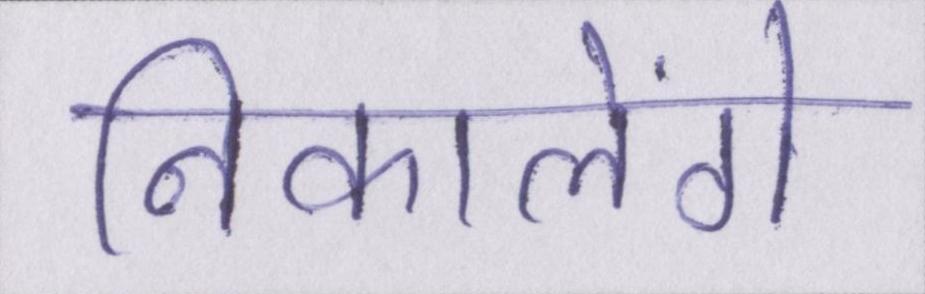
निकालेंगे